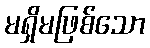
မရှိမဖြစ်သော